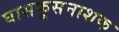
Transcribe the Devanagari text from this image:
घासफूसनाशक